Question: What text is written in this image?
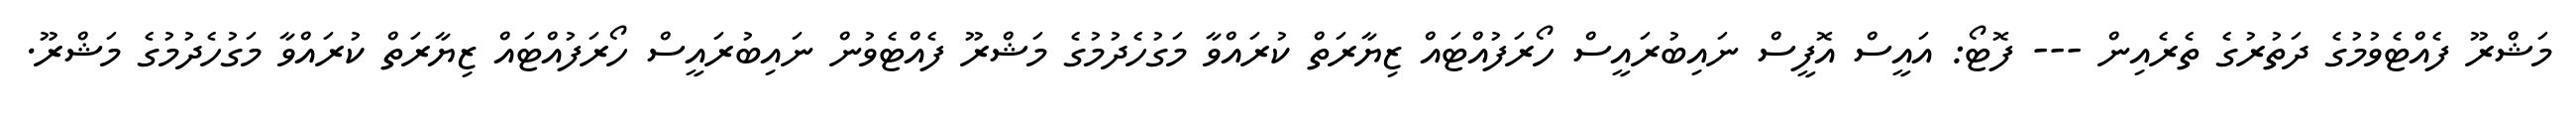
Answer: މަޝްރޫ ފެއްޓެވުމުގެ ދަތުރުގެ ތެރެއިން --- ފޮޓޯ: އައީސް އޮފީސް ނައިބުރައީސް ހޯރަފުއްޓައް ޒިޔާރަތް ކުރައްވާ މަގުހެދުމުގެ މަޝްރޫ ފެއްޓެވުން ނައިބުރައީސް ހޯރަފުއްޓައް ޒިޔާރަތް ކުރައްވާ މަގުހެދުމުގެ މަޝްރޫ.